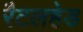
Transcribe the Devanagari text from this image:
रैटलहेड